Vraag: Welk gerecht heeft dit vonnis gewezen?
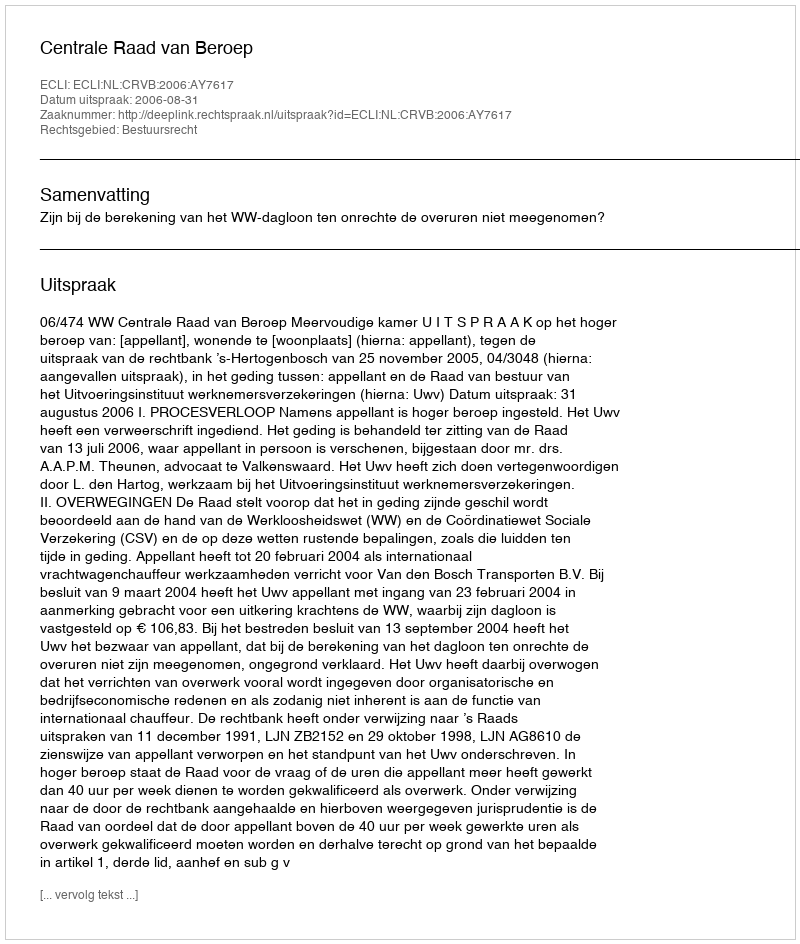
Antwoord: Centrale Raad van Beroep